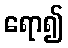
ရော၍